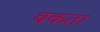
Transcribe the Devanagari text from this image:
बकता